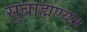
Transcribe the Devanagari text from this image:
सुब्राह्मण्यम